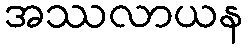
အဿလာယန